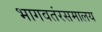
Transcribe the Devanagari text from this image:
भागवतंरसमालय